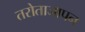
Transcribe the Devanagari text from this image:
तरोताजापन